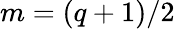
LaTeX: m=(q+1)/2